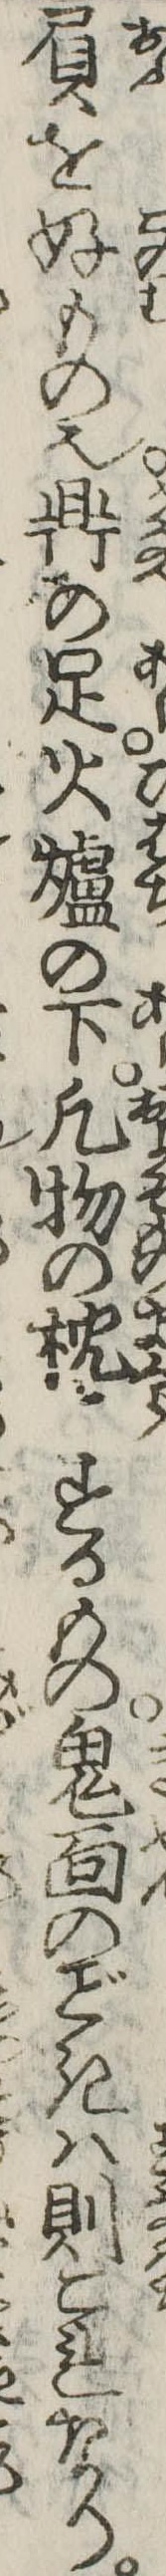
負を好もの也鼎の足火炉の下凡物の枕するもの鬼面のきは則これなり